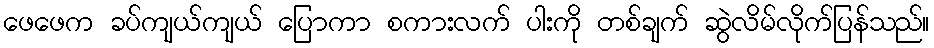
ဖေဖေက ခပ်ကျယ်ကျယ် ပြောကာ စကားလက် ပါးကို တစ်ချက် ဆွဲလိမ်လိုက်ပြန်သည်။